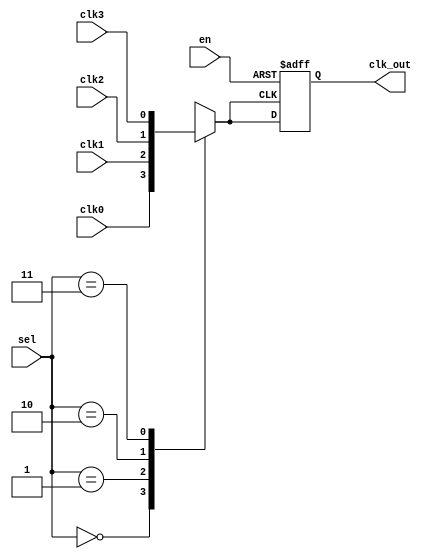
module ClockMultiplexerBuffer (
    input wire clk0,        // Clock input 0
    input wire clk1,        // Clock input 1
    input wire clk2,        // Clock input 2
    input wire clk3,        // Clock input 3
    input wire [1:0] sel,   // 2-bit selection input
    input wire en,          // Enable input
    output reg clk_out      // Buffered output clock
);

// Internal signal to hold the selected clock
reg selected_clk;

always @* begin
    // Select the clock based on the 'sel' input
    case (sel)
        2'b00: selected_clk = clk0; // Select clk0
        2'b01: selected_clk = clk1; // Select clk1
        2'b10: selected_clk = clk2; // Select clk2
        2'b11: selected_clk = clk3; // Select clk3
        default: selected_clk = 1'b0; // Default state (should not occur)
    endcase
end

always @(posedge selected_clk or negedge en) begin
    if (!en) begin
        clk_out <= 1'b0; // Output low when disabled
    end else begin
        clk_out <= selected_clk; // Output the selected clock
    end
end

endmodule